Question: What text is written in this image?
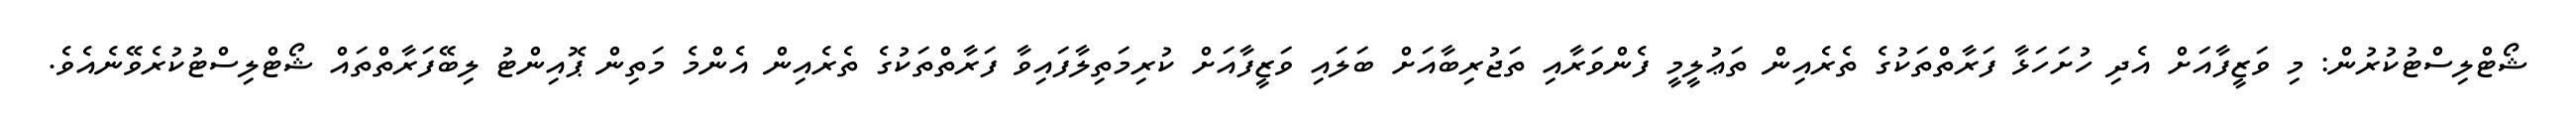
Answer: ޝޯޓްލިސްޓުކުރުން: މި ވަޒީފާއަށް އެދި ހުށަހަޅާ ފަރާތްތަކުގެ ތެރެއިން ތަޢުލީމީ ފެންވަރާއި ތަޖުރިބާއަށް ބަލައި ވަޒީފާއަށް ކުރިމަތިލާފައިވާ ފަރާތްތަކުގެ ތެރެއިން އެންމެ މަތިން ޕޮއިންޓު ލިބޭފަރާތްތައް ޝޯޓްލިސްޓުކުރެވޭނެއެވެ.